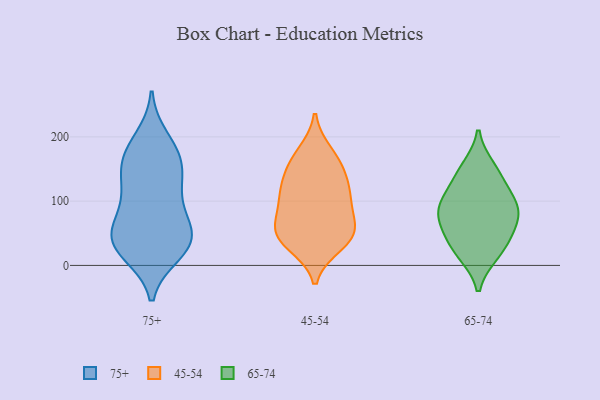
{"axis": {"x": "Humidity (%)", "y": "Value"}, "legend": ["45-54", "65-74", "75+"], "data": [{"x": "", "y": 132, "type": "75+"}, {"x": "", "y": 45, "type": "75+"}, {"x": "", "y": 48, "type": "75+"}, {"x": "", "y": 147, "type": "75+"}, {"x": "", "y": 19, "type": "75+"}, {"x": "", "y": 126, "type": "75+"}, {"x": "", "y": 41, "type": "75+"}, {"x": "", "y": 197, "type": "75+"}, {"x": "", "y": 176, "type": "75+"}, {"x": "", "y": 22, "type": "75+"}, {"x": "", "y": 173, "type": "75+"}, {"x": "", "y": 100, "type": "75+"}, {"x": "", "y": 67, "type": "75+"}, {"x": "", "y": 163, "type": "75+"}, {"x": "", "y": 32, "type": "75+"}, {"x": "", "y": 37, "type": "75+"}, {"x": "", "y": 83, "type": "75+"}, {"x": "", "y": 46, "type": "45-54"}, {"x": "", "y": 100, "type": "45-54"}, {"x": "", "y": 174, "type": "45-54"}, {"x": "", "y": 74, "type": "45-54"}, {"x": "", "y": 48, "type": "45-54"}, {"x": "", "y": 160, "type": "45-54"}, {"x": "", "y": 152, "type": "45-54"}, {"x": "", "y": 50, "type": "45-54"}, {"x": "", "y": 33, "type": "45-54"}, {"x": "", "y": 117, "type": "45-54"}, {"x": "", "y": 49, "type": "45-54"}, {"x": "", "y": 104, "type": "45-54"}, {"x": "", "y": 123, "type": "45-54"}, {"x": "", "y": 55, "type": "65-74"}, {"x": "", "y": 22, "type": "65-74"}, {"x": "", "y": 95, "type": "65-74"}, {"x": "", "y": 84, "type": "65-74"}, {"x": "", "y": 86, "type": "65-74"}, {"x": "", "y": 45, "type": "65-74"}, {"x": "", "y": 152, "type": "65-74"}, {"x": "", "y": 80, "type": "65-74"}, {"x": "", "y": 18, "type": "65-74"}, {"x": "", "y": 116, "type": "65-74"}, {"x": "", "y": 141, "type": "65-74"}]}